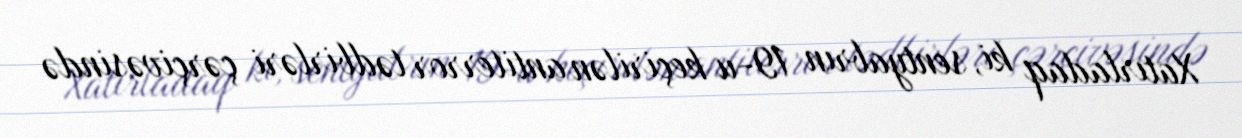
Xatırladaq ki, sentyabrın 19-u keçirilən antiterror tədbirləri çərçivəsində